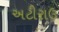
અટીરાઉ